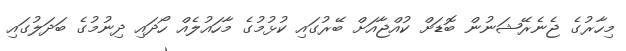
މިހާރުގެ ޖެނެރޭޝަނުން ބޮޑަށް ކުއްޖާއަށް ބޭރުގައި ކުޅުމުގެ މާހައުލެއް ހޯދައި ދިނުމުގެ ބަދަލުގައި